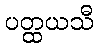
ပတ္ထယသီ